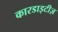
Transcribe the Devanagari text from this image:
कारडाइटीज़